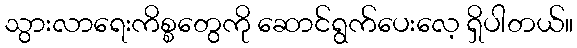
သွားလာရေးကိစ္စတွေကို ဆောင်ရွက်ပေးလေ့ ရှိပါတယ်။